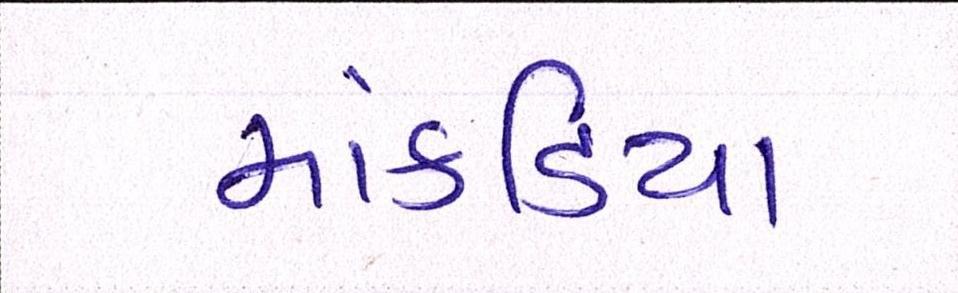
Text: માંકડિયા